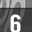
Digit: 6